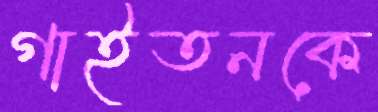
গাইতনকে